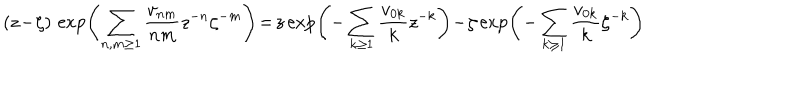
( z \! - \! \zeta ) \, \exp \! \left( \sum _ { n , m \geq 1 } \frac { v _ { n m } } { n m } z ^ { - n } \zeta ^ { - m } \right) \! = \! z \exp \! \left( - \sum _ { k \geq 1 } \frac { v _ { 0 k } } { k } z ^ { - k } \right) \! - \! \zeta \exp \! \left( - \sum _ { k \geq 1 } \frac { v _ { 0 k } } { k } \zeta ^ { - k } \right)